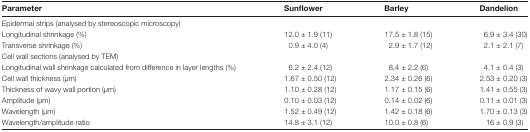
<table><thead><tr><td><b>Parameter</b></td><td><b>Sunflower</b></td><td><b>Barley</b></td><td><b>Dandelion</b></td></tr></thead><tbody><tr><td colspan="4">Epidermal strips (analysed by stereoscopic microscopy)</td></tr><tr><td>Longitudinal shrinkage (%)</td><td>12.0 ± 1.9 (11)</td><td>17.5 ± 1.8 (15)</td><td>6.9 ± 3.4 (30)</td></tr><tr><td>Transverse shrinkage (%)</td><td>0.9 ± 4.0 (4)</td><td>2.9 ± 1.7 (12)</td><td>2.1 ± 2.1 (7)</td></tr><tr><td colspan="4">Cell wall sections (analysed by TEM)</td></tr><tr><td>Longitudinal wall shrinkage calculated from difference in layer lengths (%)</td><td>6.2 ± 2.4 (12)</td><td>8.4 ± 2.2 (6)</td><td>4.1 ± 0.4 (3)</td></tr><tr><td>Cell wall thickness (μm)</td><td>1.67 ± 0.50 (12)</td><td>2.34 ± 0.26 (6)</td><td>2.53 ± 0.20 (3)</td></tr><tr><td>Thickness of wavy wall portion (μm)</td><td>1.10 ± 0.28 (12)</td><td>1.17 ± 0.15 (6)</td><td>1.41 ± 0.55 (3)</td></tr><tr><td>Amplitude (μm)</td><td>0.10 ± 0.03 (12)</td><td>0.14 ± 0.02 (6)</td><td>0.11 ± 0.01 (3)</td></tr><tr><td>Wavelength (μm)</td><td>1.52 ± 0.49 (12)</td><td>1.42 ± 0.18 (6)</td><td>1.70 ± 0.13 (3)</td></tr><tr><td>Wavelength/amplitude ratio</td><td>14.8 ± 3.1 (12)</td><td>10.0 ± 0.8 (6)</td><td>16 ± 0.9 (3)</td></tr></tbody></table>